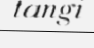
tangi